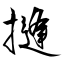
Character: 摓